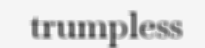
trumpless